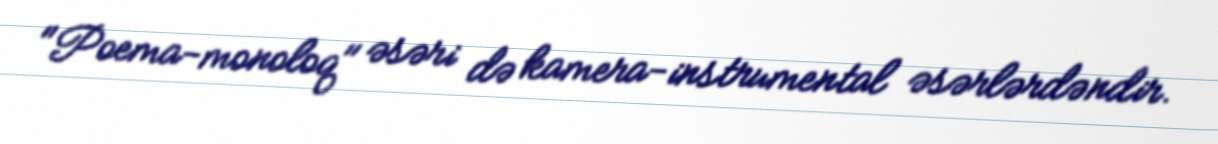
"Poema-monoloq" əsəri də kamera-instrumental əsərlərdəndir.